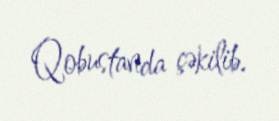
Qobustanda çəkilib.